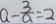
a - \frac { 3 } { a } = 2